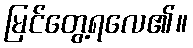
မြင်တွေ့ရလေ၏။